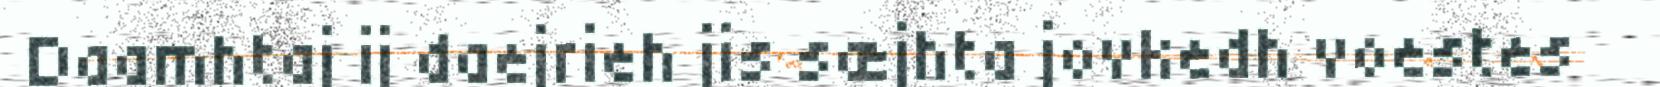
Daamhtaj ij daejrieh jis sæjhta jovkedh voestes